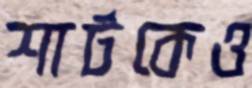
শার্টকেও